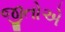
જીતોએ